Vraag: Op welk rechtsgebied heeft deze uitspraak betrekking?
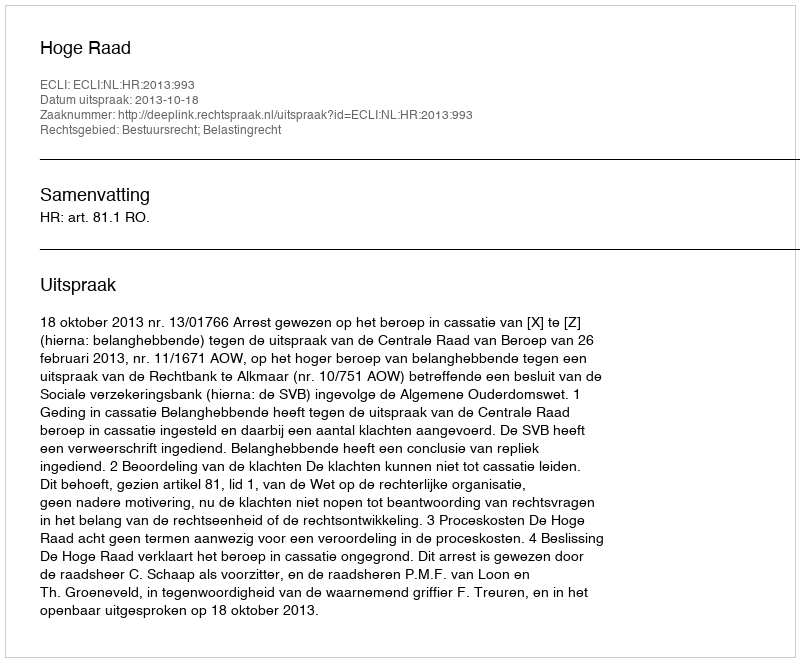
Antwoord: Bestuursrecht; Belastingrecht